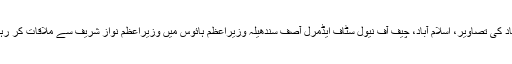
اسلام آباد کی تصاویر، اسلام آباد، چیف آف نیول سٹاف ایڈمرل آصف سندھیلہ وزیراعظم ہائوس میں وزیراعظم نواز شریف سے ملاقات کر رہے ہیں۔